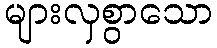
များလှစွာသော